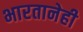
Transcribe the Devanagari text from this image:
भारतानेही